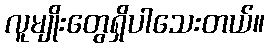
လူမျိုးတွေရှိပါသေးတယ်။